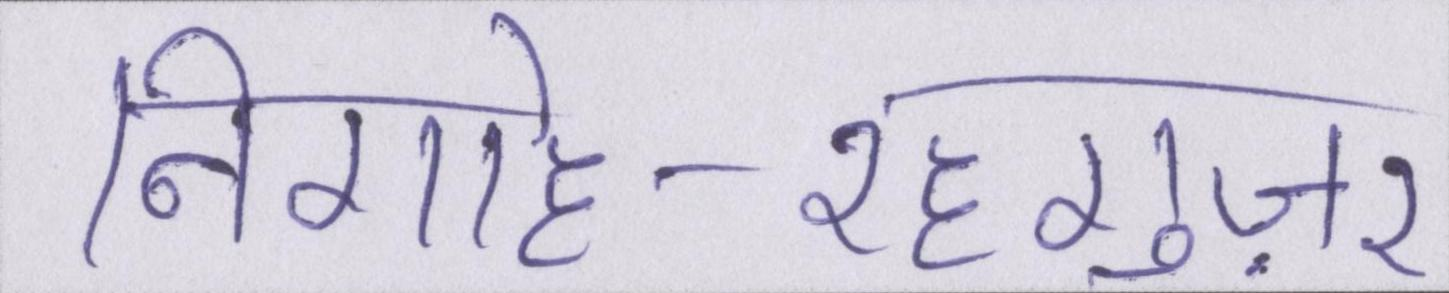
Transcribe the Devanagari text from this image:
निगाहे-रहगुज़र